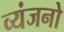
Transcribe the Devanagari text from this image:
व्‍यंजनो